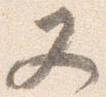
又